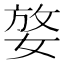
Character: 𡝶